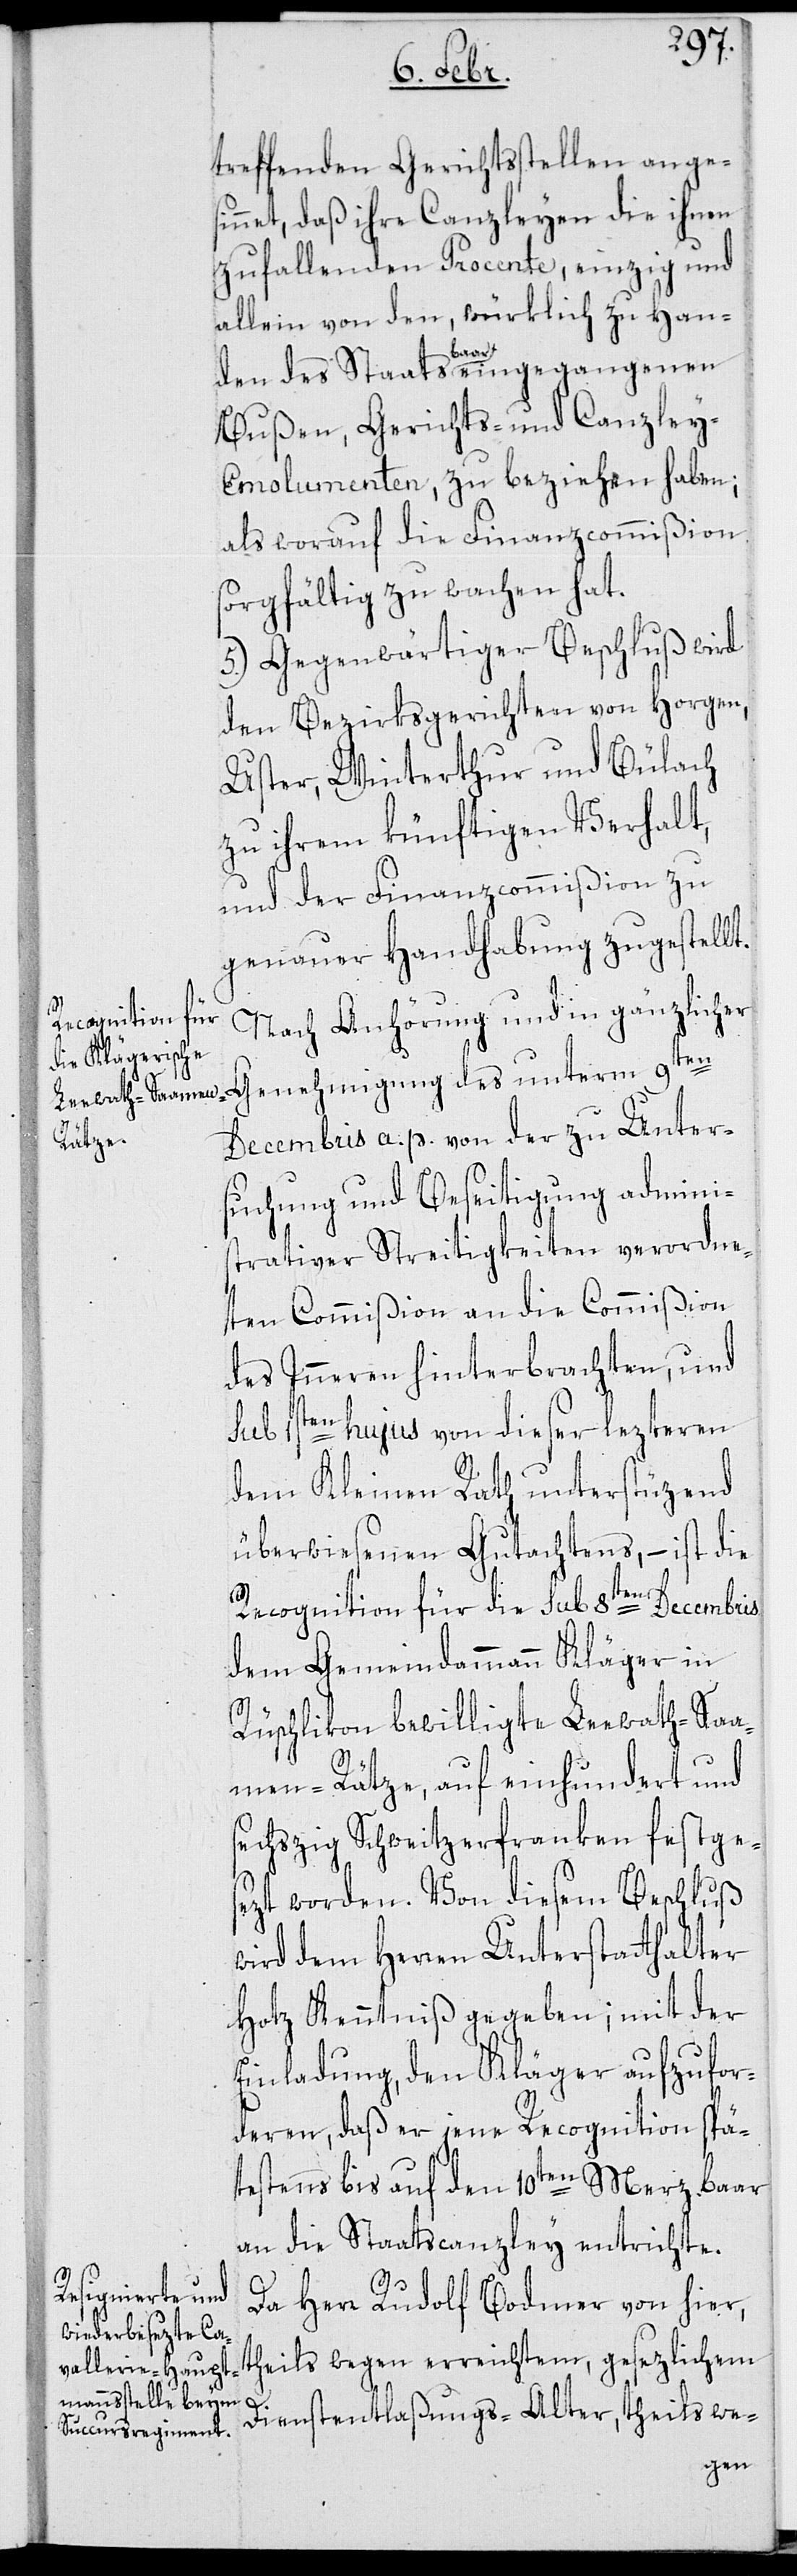
treffenden Gerichtsstellen anges¬
innet, daß ihre Canzleyen die ihnen
zufallenden Procente, einzig und
allein von den würklich zu Han¬
den des Staats baar eingegangenen
Bußen, Gerichts- und Canzley-E¬
molumenten, zu beziehen haben;
als worauf die Finanzcommißion
sorgfältig zu wachen hat.
5.) Gegenwärtiger Beschluß wird
den Bezirksgerichten von Horgen,
Uster, Winterthur und Bülach
zu ihrem künftigen Verhalt,
und der Finanzcommißion zu
genauer Handhabung zugestellt.
Nach Anhörung und in gänzlicher
Genehmigung des unterm 9ten
Decembris a. p. von der zu Unter¬
suchung und Beseitigung admini¬
strativer Streitigkeiten verordne¬
ten Commißion an die Commißion
des Inneren hinterbrachten, und
sub 1sten hujus von dieser lezteren
dem Kleinen Rath unterstüzend
überwiesenen Gutachtens, – ist die
Recognition für die sub 8ten Decembris
dem Gemeindammann Kläger in
Rüschlikon bewilligte Leewath-Sa¬
amen-Rätze, auf einhundert und
sechzig Schweitzerfranken festge¬
sezt worden. Von diesem Beschluß
wird dem Herren Unterstatthalter
Hotz Kenntniß gegeben; mit der
Einladung, den Kläger aufzufor¬
deren, daß er jene Recognition spä¬
testens bis auf den 10ten Merz baar
an die Staatscanzley entrichte.
Da Herr Rudolf Bodmer von hier,
theils wegen erreichtem, gesezlichem
Dienstentlaßungs-Alter, theils we-